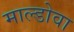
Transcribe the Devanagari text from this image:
माल्डोवा